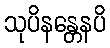
သုပိနန္တေနပိ